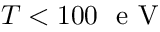
T < 1 0 0 \ \textrm { e V }